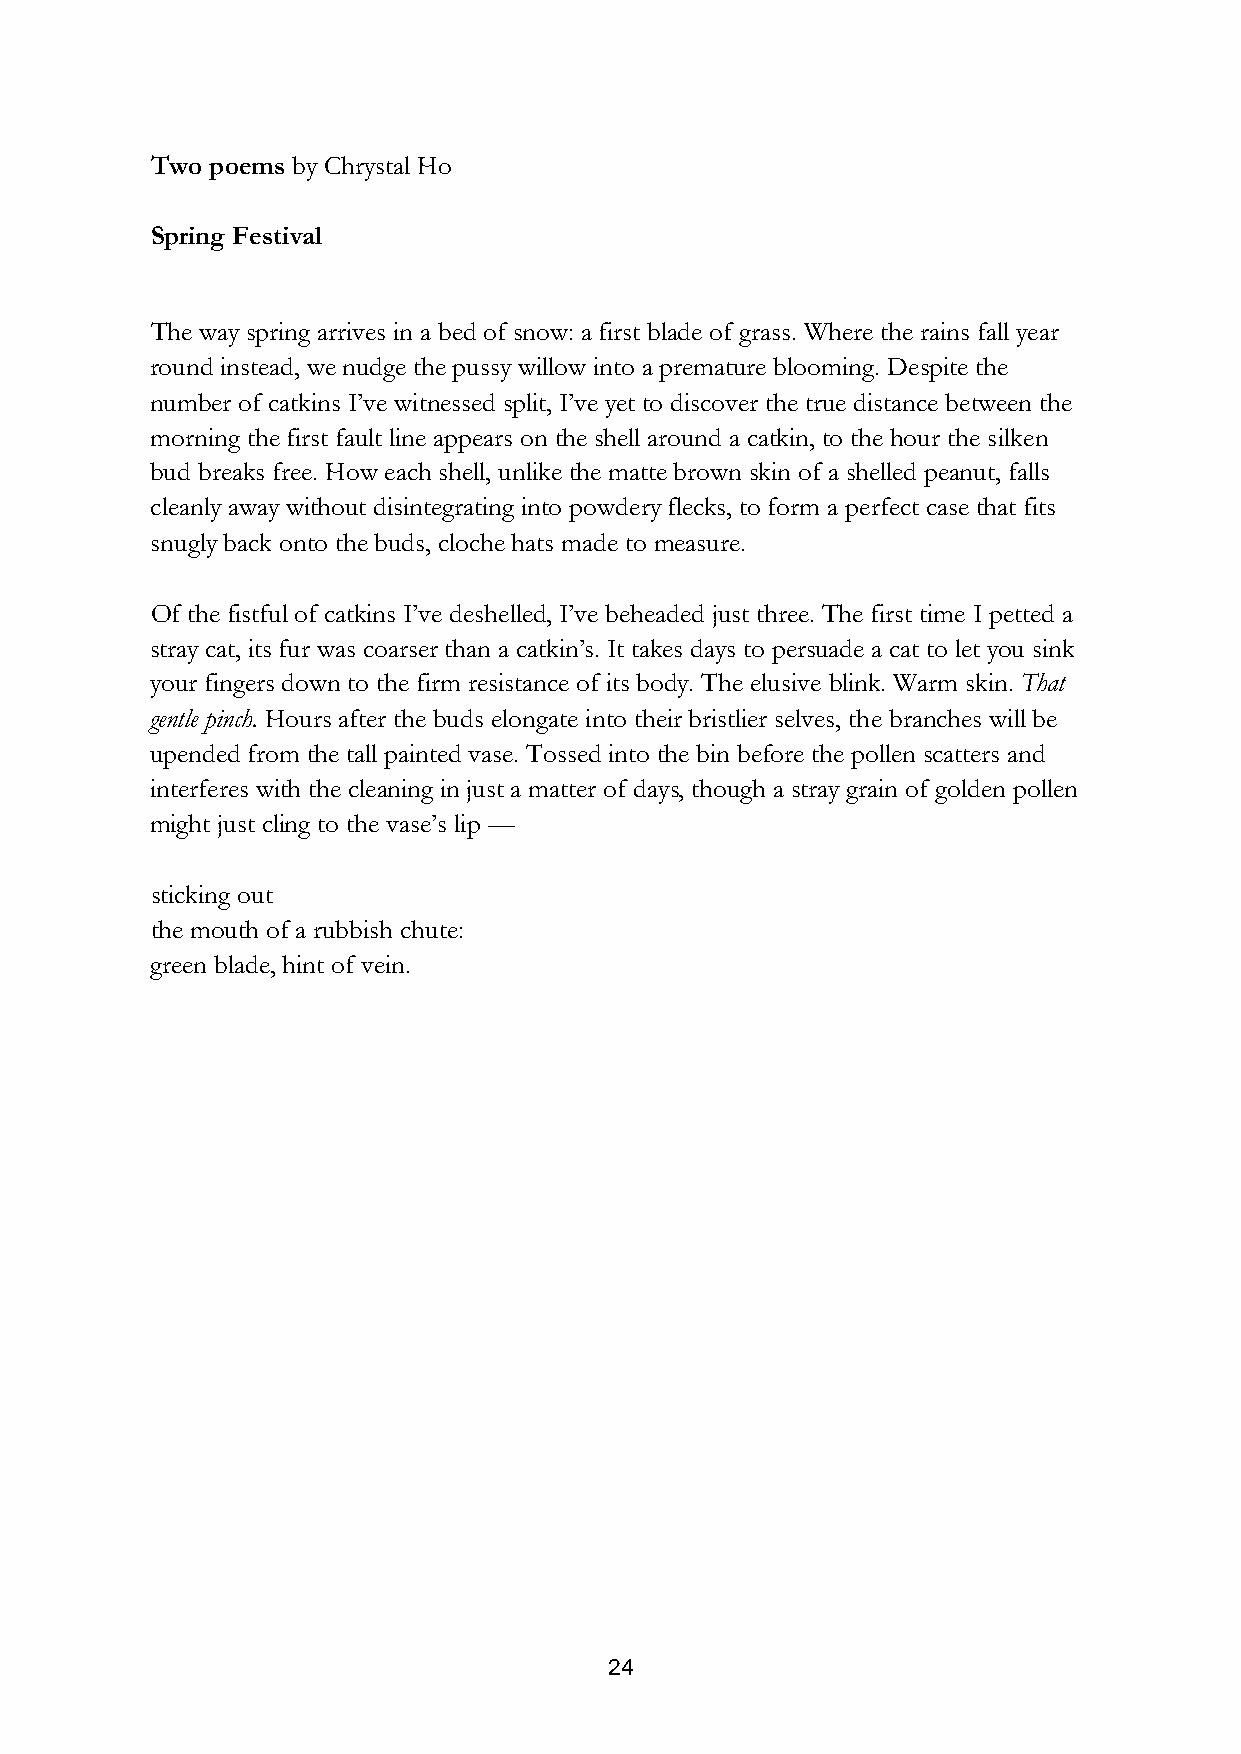
Two poems by Chrystal Ho
 Spring Festival
 The way spring arrives in a bed of snow: a first blade of grass. Where the rains fall year
 round instead, we nudge the pussy willow into a premature blooming. Despite the
 number of catkins I’ve witnessed split, I’ve yet to discover the true distance between the
 morning the first fault line appears on the shell around a catkin, to the hour the silken
 bud breaks free. How each shell, unlike the matte brown skin of a shelled peanut, falls
 cleanly away without disintegrating into powdery flecks, to form a perfect case that fits
 snugly back onto the buds, cloche hats made to measure.
 Of the fistful of catkins I’ve deshelled, I’ve beheaded just three. The first time I petted a
 stray cat, its fur was coarser than a catkin’s. It takes days to persuade a cat to let you sink
 your fingers down to the firm resistance of its body. The elusive blink. Warm skin. That
 gentle pinch. Hours after the buds elongate into their bristlier selves, the branches will be
 upended from the tall painted vase. Tossed into the bin before the pollen scatters and
 interferes with the cleaning in just a matter of days, though a stray grain of golden pollen
 might just cling to the vase’s lip —
 sticking out
 the mouth of a rubbish chute:
 green blade, hint of vein.
 24